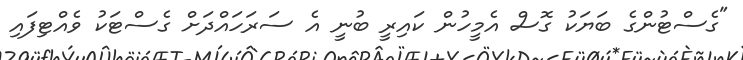
"ގެސްޓުންގެ ބަޔަކު ގޮސް އެމީހުން ކައިރީ ބުނީ އެ ސަރަަހައްދަށް ގެސްޓަކު ވެއްޓިފައި